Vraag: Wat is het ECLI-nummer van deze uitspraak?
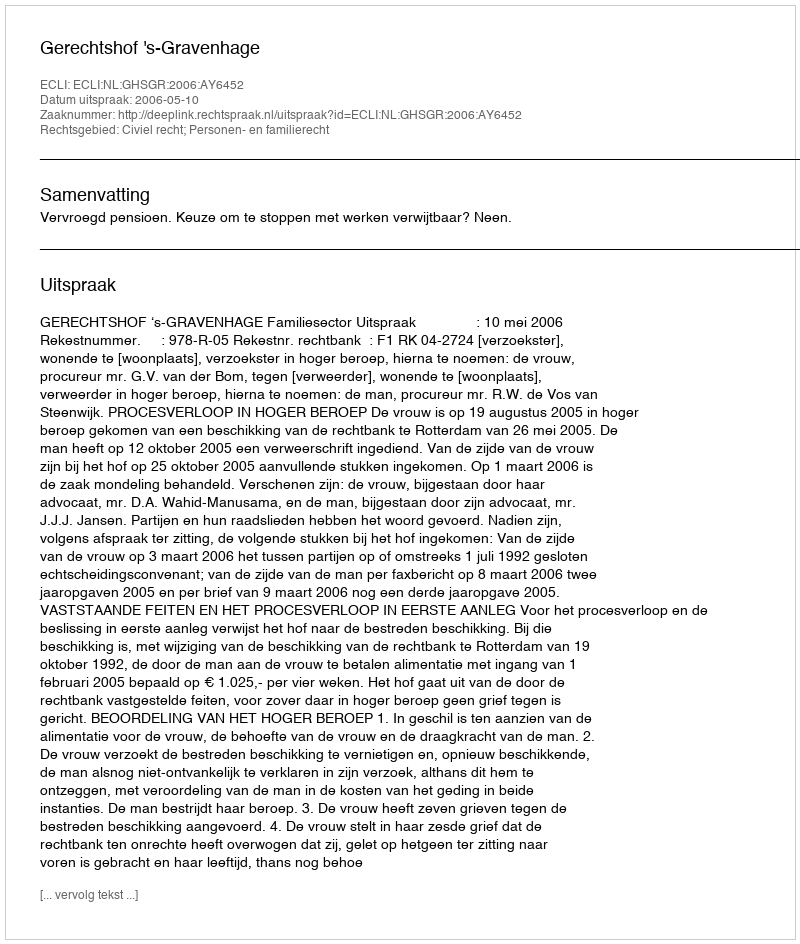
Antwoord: ECLI:NL:GHSGR:2006:AY6452